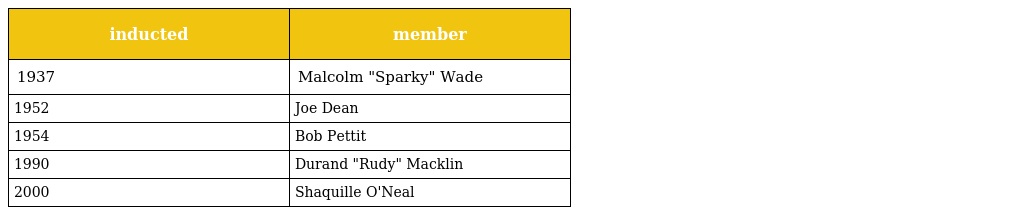
| inducted | member |
 | --- | --- |
 | 1937 | Malcolm "Sparky" Wade |
 | 1952 | Joe Dean |
 | 1954 | Bob Pettit |
 | 1990 | Durand "Rudy" Macklin |
 | 2000 | Shaquille O'Neal |